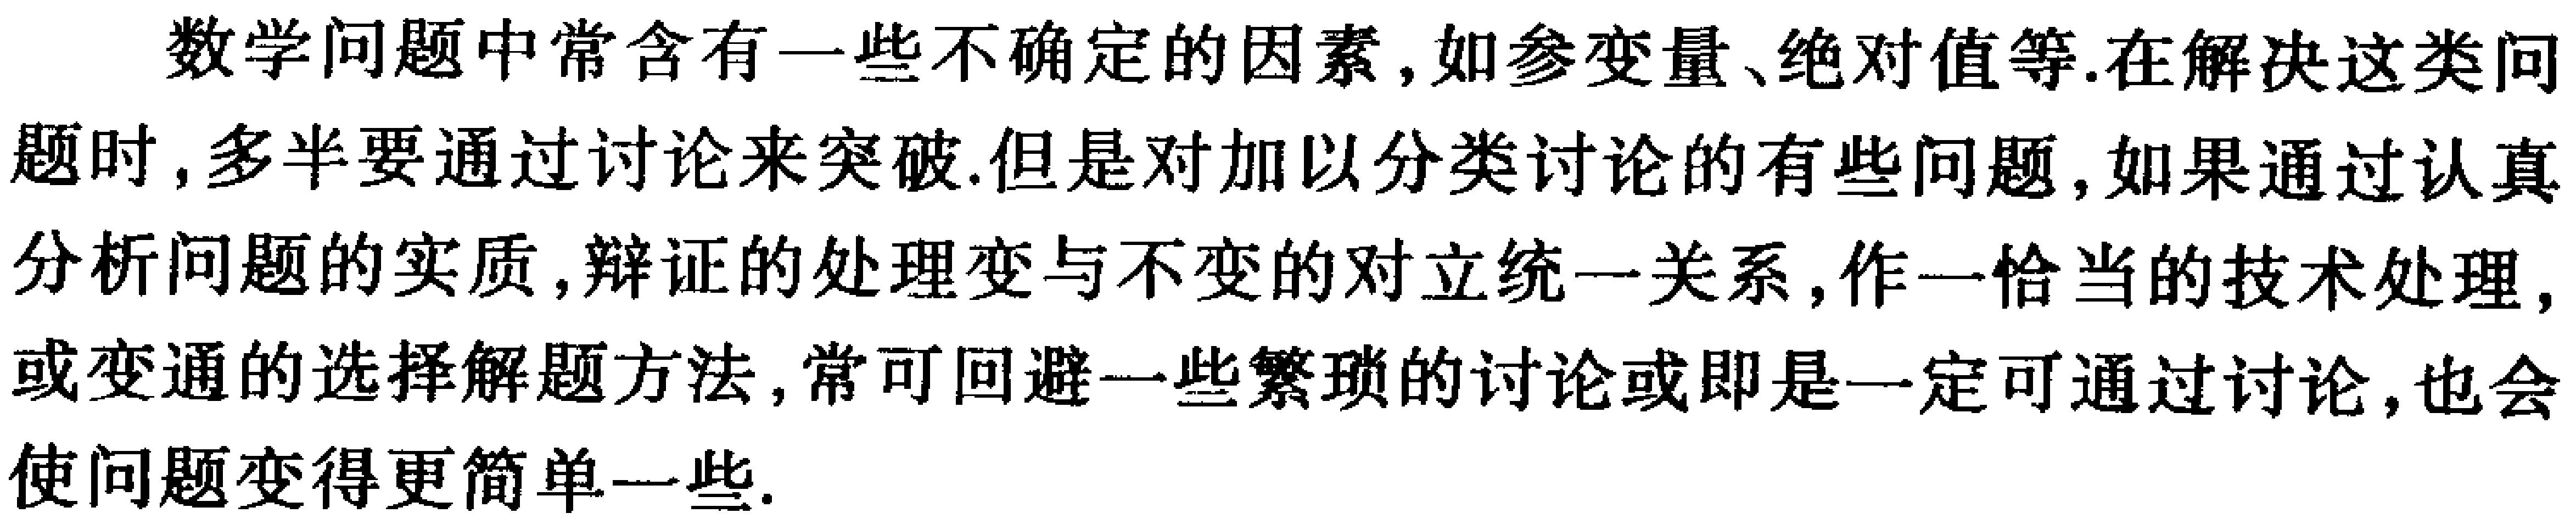
数学问题中常含有一些不确定的因素,如参变量、绝对值等.在解决这类问题时,多半要通过讨论来突破.但是对加以分类讨论的有些问题,如果通过认真分析问题的实质,辩证的处理变与不变的对立统一关系,作一恰当的技术处理,或变通的选择解题方法,常可回避一些繁琐的讨论或即是一定可通过讨论,也会使问题变得更简单一些.